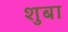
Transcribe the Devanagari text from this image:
शुबा